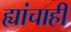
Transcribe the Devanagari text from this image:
ह्यांचाही